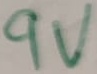
Text: 9V